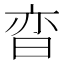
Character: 𬁢